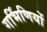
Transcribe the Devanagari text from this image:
गर्भिणियों